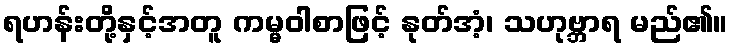
ရဟန်းတို့နှင့်အတူ ကမ္မဝါစာဖြင့် နုတ်အံ့၊ သဟုဗ္ဘာရ မည်၏။